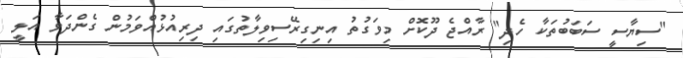
"ސިޔާސީ ސަބަބުތަކާ ހެދި" ރާއްޖެ ދޫކޮށް މިވަގުތު އިނިގިރޭސިވިލާތުގައި ދިރިއުޅުއްވަމުން ގެންދަވާ އަލީ